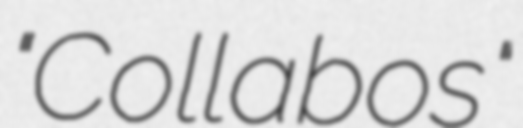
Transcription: "Collabos"